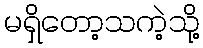
မရှိတော့သကဲ့သို့